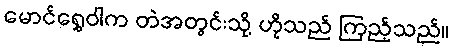
မောင်ရွှေဝါက တဲအတွင်းသို့ ဟိုသည် ကြည့်သည်။